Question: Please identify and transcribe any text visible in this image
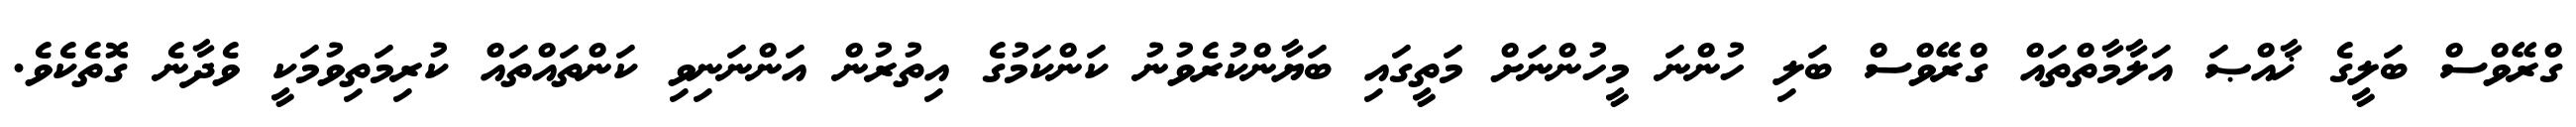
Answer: ގްރޭވްސް ބަލީގެ ޚާއްޞަ އަލާމާތްތައް ގްރޭވްސް ބަލި ހުންނަ މީހުންނަށް މަތީގައި ބަޔާންކުރެވުނު ކަންކަމުގެ އިތުރުން އަންނަނިވި ކަންތައްތައް ކުރިމަތިވުމަކީ ވެދާނެ ގޮތެކެވެ.